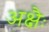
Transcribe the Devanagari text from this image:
अक्षैः